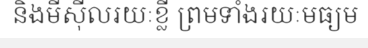
និងមីស៊ីលរយៈខ្លី ព្រមទាំងរយៈមធ្យម